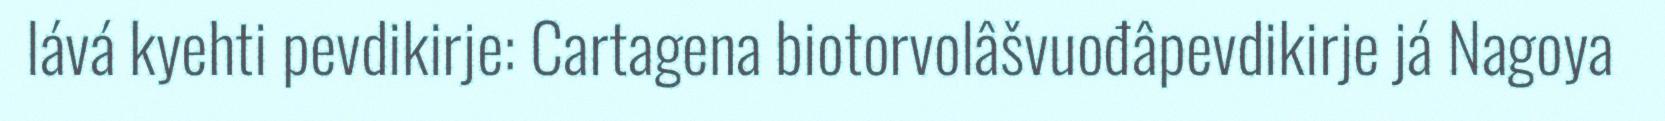
lává kyehti pevdikirje: Cartagena biotorvolâšvuođâpevdikirje já Nagoya